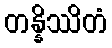
တန္နိဿိတံ